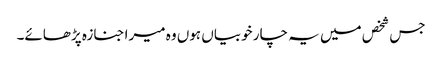
جس شخص میں یہ چار خوبیاں ہوں وہ میرا جنازہ پڑھائے۔